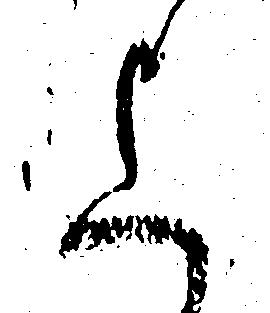
上